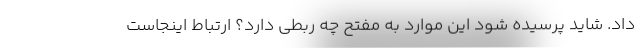
داد. شاید پرسیده شود این موارد به مفتح چه ربطی دارد؟ ارتباط اینجاست